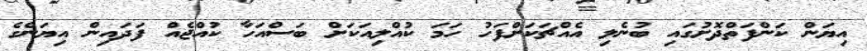
އިޔަން ކަންފަތްދޮށުގައި ބުނެލި އެއްޗަކަށްފަހު ހަމަ ކުއްލިއަކަށް ބަސްއަހާ ކުއްޖެއް ފަދައިން އިޔަންގެ